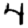
Digit: 4